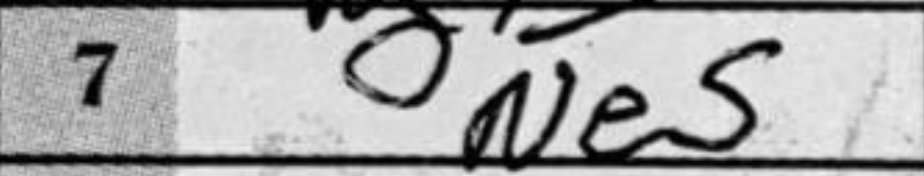
Transcription: Ne5